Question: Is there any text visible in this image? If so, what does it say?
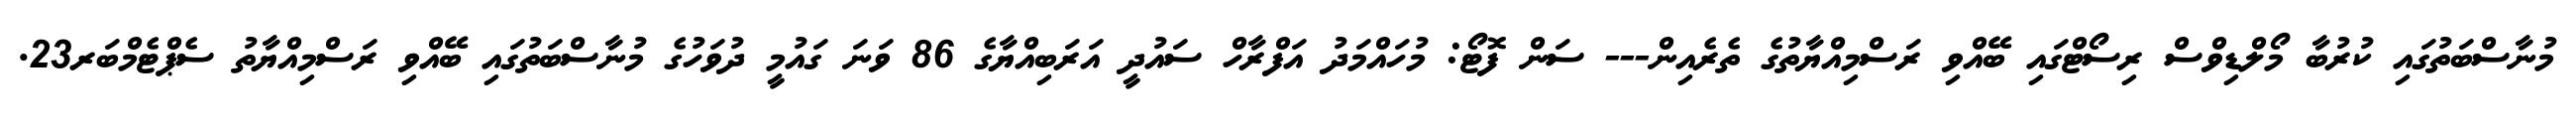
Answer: މުނާސްބަތުގައި ކުރުބާ މޯލްޑިވްސް ރިސޯޓްގައި ބޭއްވި ރަސްމިއްޔާތުގެ ތެރެއިން--- ސަން ފޮޓޯ: މުހައްމަދު އަފްރާހް ސައުދީ އަރަބިއްޔާގެ 86 ވަނަ ގައުމީ ދުވަހުގެ މުނާސްބަތުގައި ބޭއްވި ރަސްމިއްޔާތު ސެޕްޓެމްބަރ23.